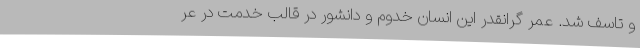
و تاسف شد. عمر گرانقدر این انسان خدوم و دانشور در قالب خدمت در عر